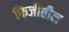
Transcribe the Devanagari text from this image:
फिजीतील